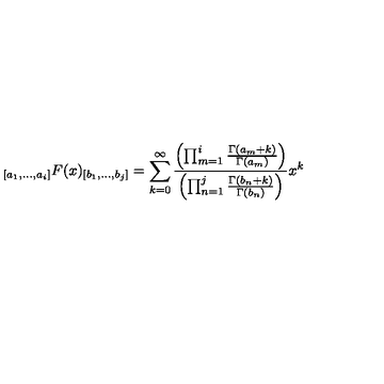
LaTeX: _ { [ a _ { 1 } , \ldots , a _ { i } ] } F ( x ) _ { [ b _ { 1 } , \ldots , b _ { j } ] } = \sum _ { k = 0 } ^ { \infty } \frac { \left( \prod _ { m = 1 } ^ { i } \frac { \Gamma ( a _ { m } + k ) } { \Gamma ( a _ { m } ) } \right) } { \left( \prod _ { n = 1 } ^ { j } \frac { \Gamma ( b _ { n } + k ) } { \Gamma ( b _ { n } ) } \right) } x ^ { k }